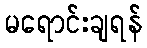
မရောင်းချရန်